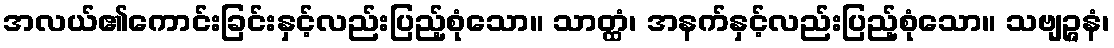
အလယ်၏ကောင်းခြင်းနှင့်လည်းပြည့်စုံသော။ သာတ္ထံ၊ အနက်နှင့်လည်းပြည့်စုံသော။ သဗျဉ္ဇနံ၊